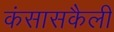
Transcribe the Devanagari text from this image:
कंसासकैली